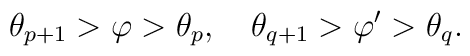
\theta_{p+1}>\varphi>\theta_p,\quad\theta_{q+1}>\varphi'>\theta_q.